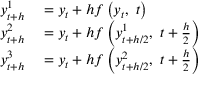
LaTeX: \begin{array} { r l } { y _ { t + h } ^ { 1 } } & { { } = y _ { t } + h f \left( y _ { t } , \ t \right) } \\ { y _ { t + h } ^ { 2 } } & { { } = y _ { t } + h f \left( y _ { t + h / 2 } ^ { 1 } , \ t + { \frac { h } { 2 } } \right) } \\ { y _ { t + h } ^ { 3 } } & { { } = y _ { t } + h f \left( y _ { t + h / 2 } ^ { 2 } , \ t + { \frac { h } { 2 } } \right) } \end{array}